Report on horse surra - Volume I
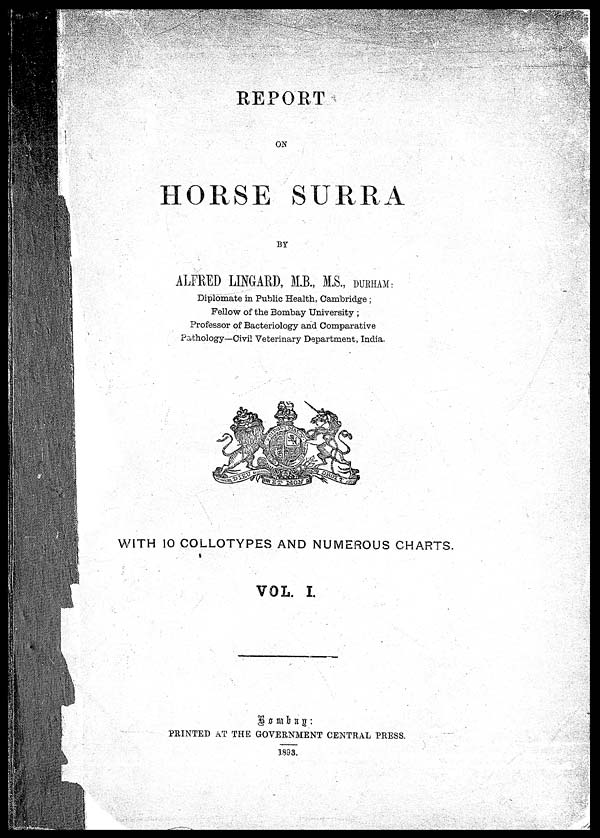
REPORT
ON
HORSE SURRA
BY
ALFRED LINGAED, M.B., M.S.,
DURHAM
Diplomate in Public Health, Cambridge ;
Fellow of the Bombay University ;
Professor of Bacteriology and Comparative
Pathology—Civil Veterinary Department, India.
WITH 10 COLLOTYPES AND NUMEROUS CHARTS.
VOL. I,
B o m b a y :
PRINTED AT THE GOVERNMENT CENTRAL PRESS,
1893.